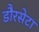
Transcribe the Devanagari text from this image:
डौरसेटा